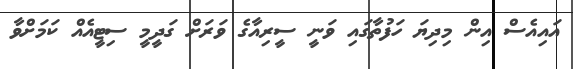
އައިއެސް އިން މިދިޔަ ހަފުތާގައި ވަނީ ސީރިއާގެ ވަރަށް ގަދީމީ ސިޓީއެއް ކަމަށްވާ